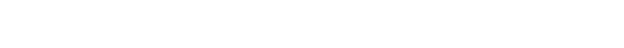
ကြွတော်မူ၍။ ကတဘတ္တကိစ္စော၊ ပြုအပ်ပြီးသော ဆွမ်းစားခြင်း ကိစ္စရှိသည်ဖြစ်၍။ ဓမ္မံ၊ တရားကို။